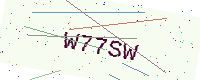
Text: W77SW